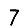
Digit: 7